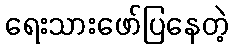
ရေးသားဖော်ပြနေတဲ့